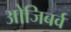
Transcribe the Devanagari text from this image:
ओजिबर्व